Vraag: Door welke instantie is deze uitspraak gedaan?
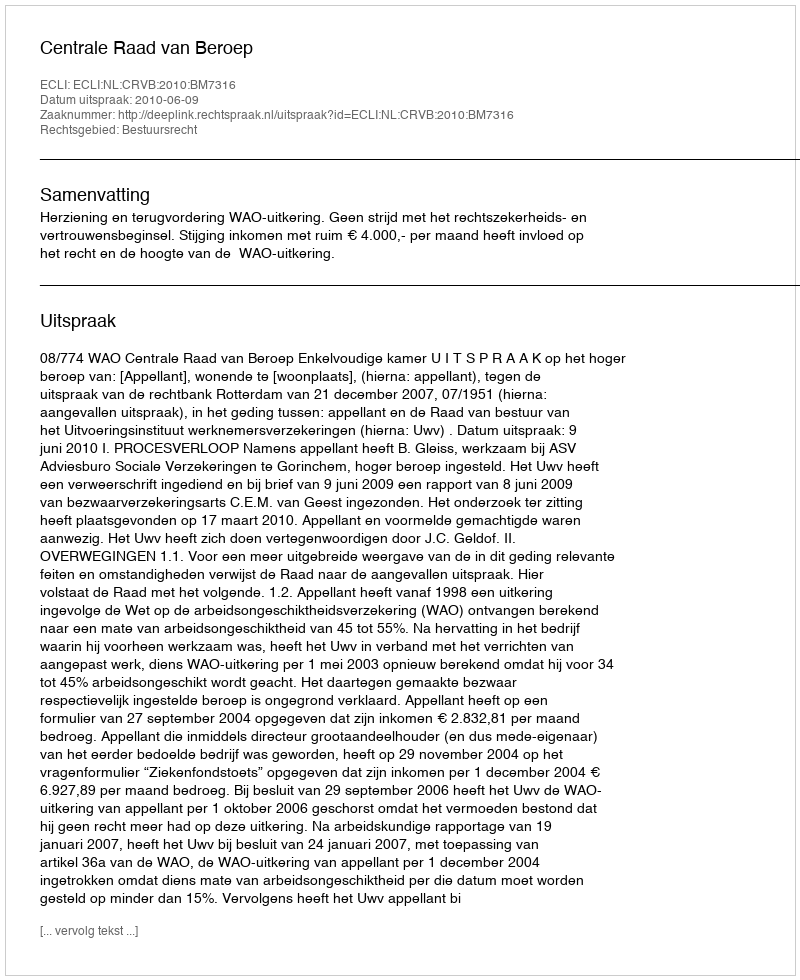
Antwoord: Centrale Raad van Beroep